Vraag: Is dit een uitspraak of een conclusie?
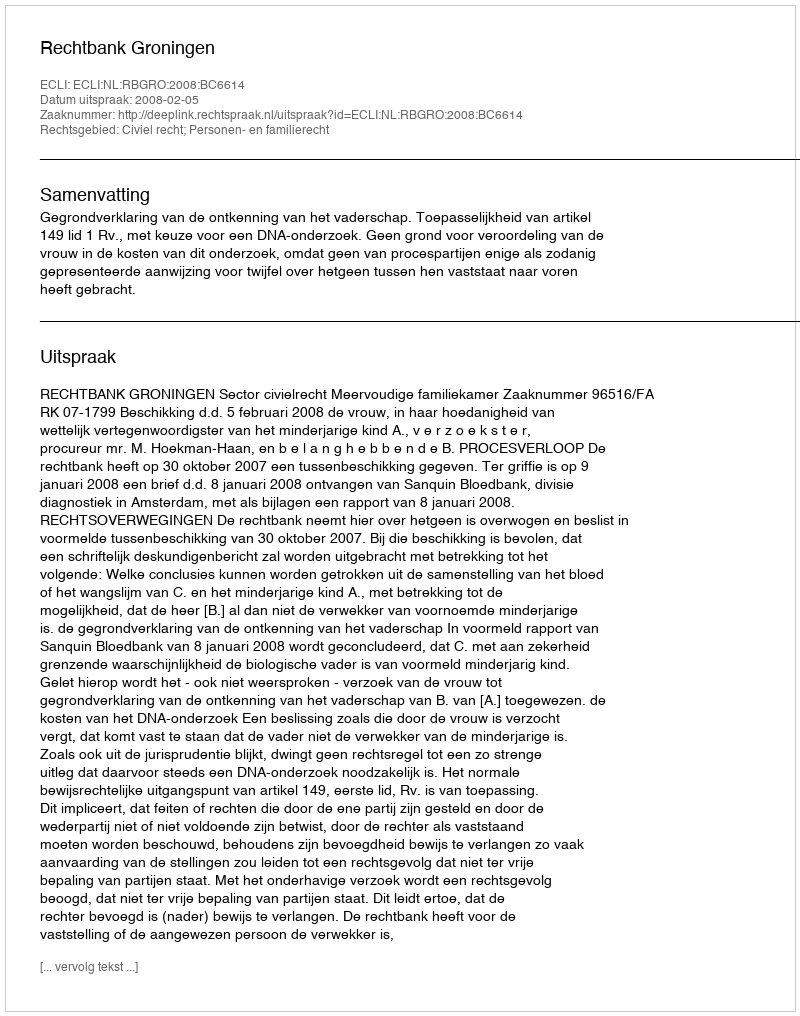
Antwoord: Uitspraak